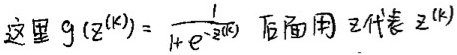
这里 $g(z^{(k)}) = \frac{1}{1 + e^{-z^{(k)}}}$ 后面用 $z$ 代表 $z^{(k)}$